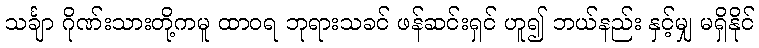
သင်္ချာ ဂိုဏ်းသားတို့ကမူ ထာဝရ ဘုရားသခင် ဖန်ဆင်းရှင် ဟူ၍ ဘယ်နည်း နှင့်မျှ မရှိနိုင်